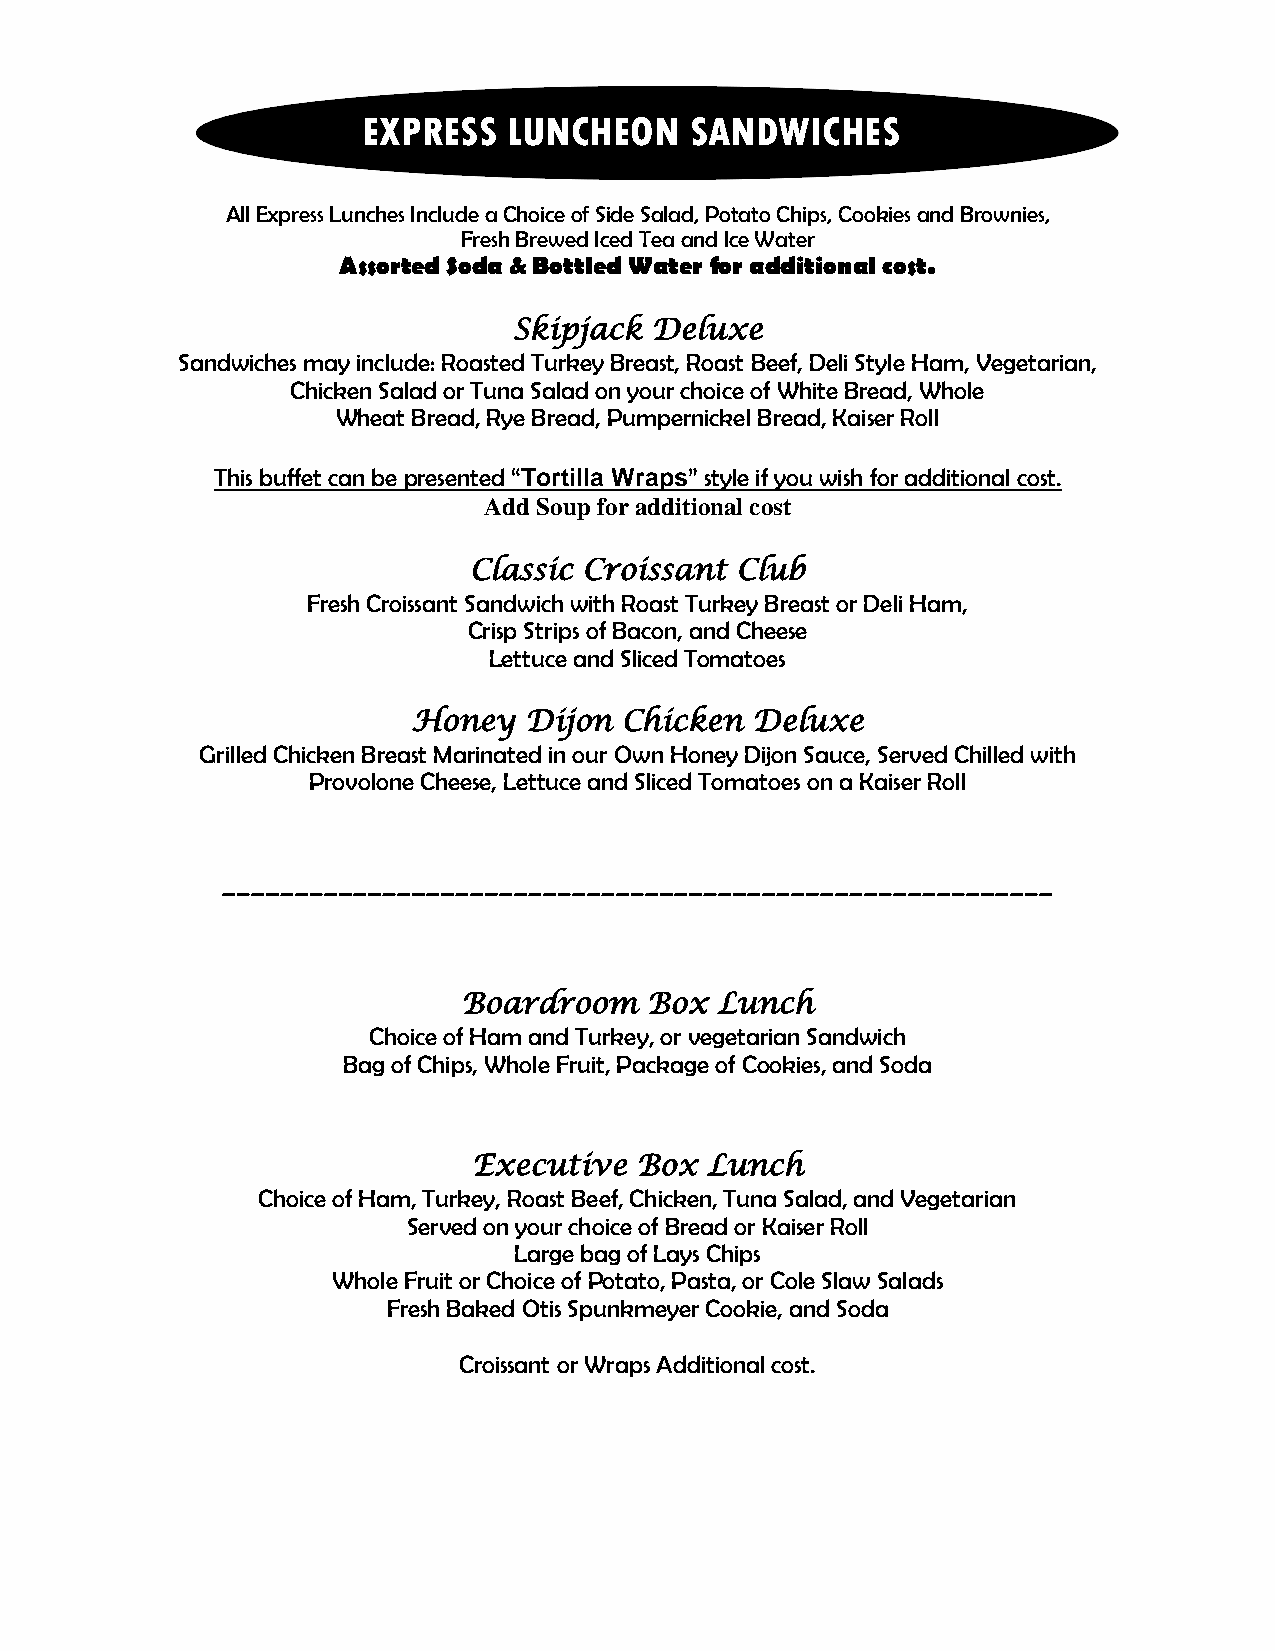
EXPRESS   LUNCHEON    SANDWICHES
 All Express Lunches Include a Choice of Side Salad, Potato Chips, Cookies and Brownies,
 Fresh Brewed Iced Tea and Ice Water
 Assorted Soda & Bottled Water for additional cost.
 Skipjack Deluxe
 Sandwiches may include: Roasted Turkey Breast, Roast Beef, Deli Style Ham, Vegetarian,
 Chicken Salad or Tuna Salad on your choice of White Bread, Whole
 Wheat Bread, Rye Bread, Pumpernickel Bread, Kaiser Roll
 This buffet can be presented “Tortilla Wraps” style if you wish for additional cost.
 Add Soup for additional cost
 Classic Croissant Club
 Fresh Croissant Sandwich with Roast Turkey Breast or Deli Ham,
 Crisp Strips of Bacon, and Cheese
 Lettuce and Sliced Tomatoes
 Honey   Dijon Chicken  Deluxe
 Grilled Chicken Breast Marinated in our Own Honey Dijon Sauce, Served Chilled with
 Provolone Cheese, Lettuce and Sliced Tomatoes on a Kaiser Roll
 _________________________________________________________
 Boardroom   Box Lunch
 Choice of Ham and Turkey, or vegetarian Sandwich
 Bag of Chips, Whole Fruit, Package of Cookies, and Soda
 Executive  Box  Lunch
 Choice of Ham, Turkey, Roast Beef, Chicken, Tuna Salad, and Vegetarian
 Served on your choice of Bread or Kaiser Roll
 Large bag of Lays Chips
 Whole Fruit or Choice of Potato, Pasta, or Cole Slaw Salads
 Fresh Baked Otis Spunkmeyer Cookie, and Soda
 Croissant or Wraps Additional cost.